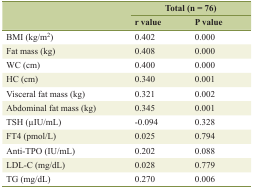
<table><thead><tr><td rowspan="2"></td><td colspan="2"><b>Total (n = 76)</b></td></tr><tr><td><b>r value</b></td><td><b>P value</b></td></tr></thead><tbody><tr><td>BMI (kg/m<sup>2</sup>)</td><td>0.402</td><td>0.000</td></tr><tr><td>Fat mass (kg)</td><td>0.408</td><td>0.000</td></tr><tr><td>WC (cm)</td><td>0.400</td><td>0.000</td></tr><tr><td>HC (cm)</td><td>0.340</td><td>0.001</td></tr><tr><td>Visceral fat mass (kg)</td><td>0.321</td><td>0.002</td></tr><tr><td>Abdominal fat mass (kg)</td><td>0.345</td><td>0.001</td></tr><tr><td>TSH (μIU/mL)</td><td>-0.094</td><td>0.328</td></tr><tr><td>FT4 (pmol/L)</td><td>0.025</td><td>0.794</td></tr><tr><td>Anti-TPO (IU/mL)</td><td>0.202</td><td>0.088</td></tr><tr><td>LDL-C (mg/dL)</td><td>0.028</td><td>0.779</td></tr><tr><td>TG (mg/dL)</td><td>0.270</td><td>0.006</td></tr></tbody></table>